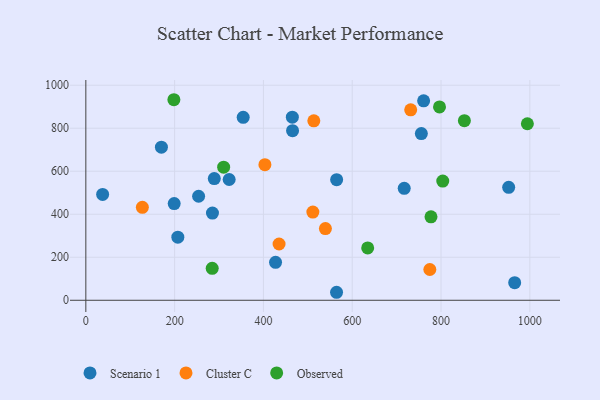
{"axis": {"x": "Ad Spend", "y": "Fuel Efficiency"}, "legend": ["Cluster C", "Observed", "Scenario 1"], "data": [{"x": "354.4", "y": 850.6, "type": "Scenario 1"}, {"x": "427.3", "y": 176.4, "type": "Scenario 1"}, {"x": "285.2", "y": 405.6, "type": "Scenario 1"}, {"x": "254.0", "y": 483.8, "type": "Scenario 1"}, {"x": "952.4", "y": 525.3, "type": "Scenario 1"}, {"x": "465.1", "y": 851.3, "type": "Scenario 1"}, {"x": "170.2", "y": 711.8, "type": "Scenario 1"}, {"x": "965.9", "y": 81.9, "type": "Scenario 1"}, {"x": "199.0", "y": 449.8, "type": "Scenario 1"}, {"x": "564.9", "y": 560.8, "type": "Scenario 1"}, {"x": "289.3", "y": 566.0, "type": "Scenario 1"}, {"x": "207.2", "y": 293.4, "type": "Scenario 1"}, {"x": "755.7", "y": 775.2, "type": "Scenario 1"}, {"x": "465.6", "y": 788.5, "type": "Scenario 1"}, {"x": "760.8", "y": 927.4, "type": "Scenario 1"}, {"x": "322.8", "y": 561.6, "type": "Scenario 1"}, {"x": "717.1", "y": 520.4, "type": "Scenario 1"}, {"x": "564.7", "y": 37.2, "type": "Scenario 1"}, {"x": "37.8", "y": 492.4, "type": "Scenario 1"}, {"x": "435.2", "y": 261.7, "type": "Cluster C"}, {"x": "513.5", "y": 834.3, "type": "Cluster C"}, {"x": "127.3", "y": 432.0, "type": "Cluster C"}, {"x": "731.7", "y": 885.7, "type": "Cluster C"}, {"x": "539.6", "y": 333.4, "type": "Cluster C"}, {"x": "774.8", "y": 143.2, "type": "Cluster C"}, {"x": "403.3", "y": 630.4, "type": "Cluster C"}, {"x": "511.3", "y": 410.1, "type": "Cluster C"}, {"x": "796.6", "y": 899.2, "type": "Observed"}, {"x": "634.8", "y": 243.3, "type": "Observed"}, {"x": "310.4", "y": 618.8, "type": "Observed"}, {"x": "198.3", "y": 932.5, "type": "Observed"}, {"x": "994.5", "y": 820.8, "type": "Observed"}, {"x": "777.4", "y": 387.9, "type": "Observed"}, {"x": "852.6", "y": 835.2, "type": "Observed"}, {"x": "803.9", "y": 554.2, "type": "Observed"}, {"x": "284.6", "y": 148.5, "type": "Observed"}]}